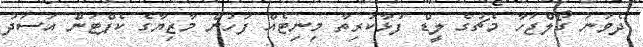
ދެވަނަ ގޯލްޖަހާ މެޗުގެ ލީޑް ފުޅާކުރިތާ މިނިޓެއް ފަހުން މާޒިޔާގެ ކެޕްޓަން އަސަދު